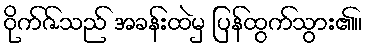
ဝိုက်ဇ်သည် အခန်းထဲမှ ပြန်ထွက်သွား၏။